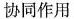
协同作用